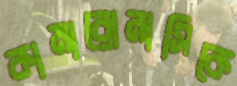
কামারোনাসিকে